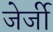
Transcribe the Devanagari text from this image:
जेर्जी